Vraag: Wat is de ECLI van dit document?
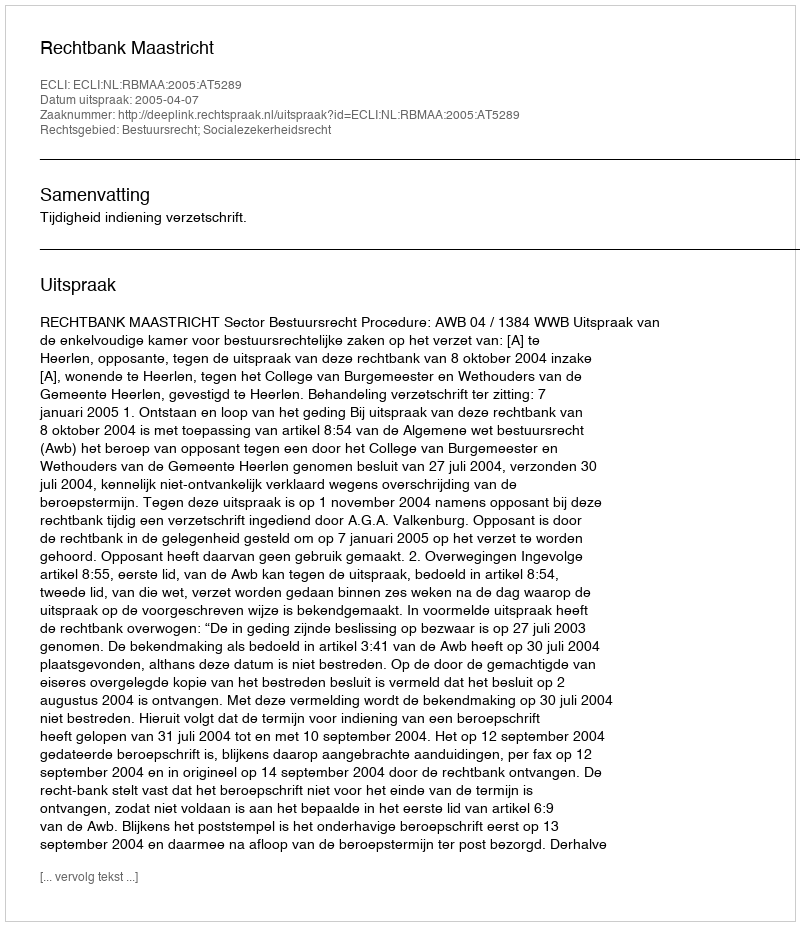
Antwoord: ECLI:NL:RBMAA:2005:AT5289